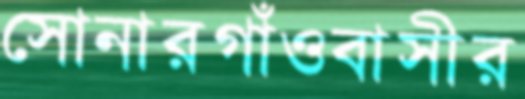
সোনারগাঁওবাসীর